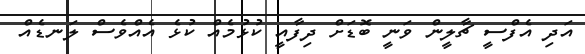
އަދި އެފްސީ ޗާލީން ވަނީ ބޮޑަށް ދިފާއީ ކުޅުމެއް ކުޅެ އެއްވެސް ލަނޑެއް